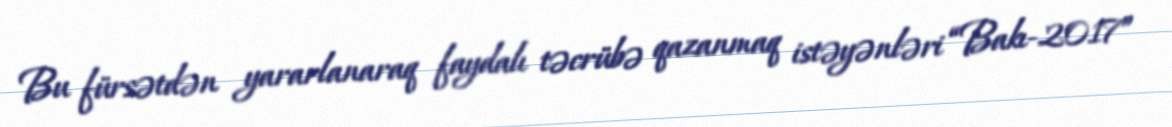
Bu fürsətdən yararlanaraq faydalı təcrübə qazanmaq istəyənləri “Bakı-2017”